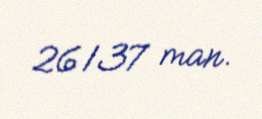
26137 man.